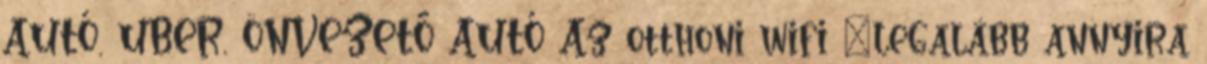
AUTÓ, UBER, ÖNVEZETŐ AUTÓ Az otthoni wifi „legalább annyira